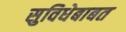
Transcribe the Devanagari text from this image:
सुविधेबाबत